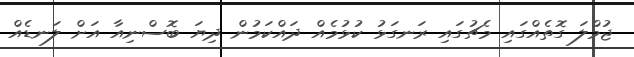
ޖުމްލަ ގޮތެއްގައި މެޗުގައި ރަނގަޅު ކުޅުމެއް ދައްކަމުން ދިޔަ ބޮސްނިއާ އަށް ލަނޑެއް